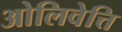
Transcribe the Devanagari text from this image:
ओलिवेत्ति